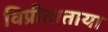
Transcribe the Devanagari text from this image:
विप्रीताताया